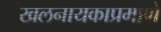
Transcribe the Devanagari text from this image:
खलनायकाप्रमाणे